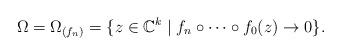
LaTeX: \begin{align*}\Omega = \Omega_{(f_n)} = \{z \in \mathbb{C}^k \mid f_n \circ \cdots \circ f_0(z) \rightarrow 0\}.\end{align*}